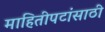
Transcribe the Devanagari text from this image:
माहितीपटांसाठी